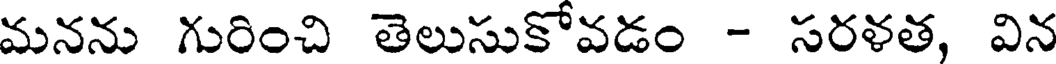
మనను గురించి తెలుసుకోవడం - సరళత, విన